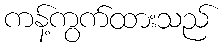
ကန့်ကွက်ထားသည်